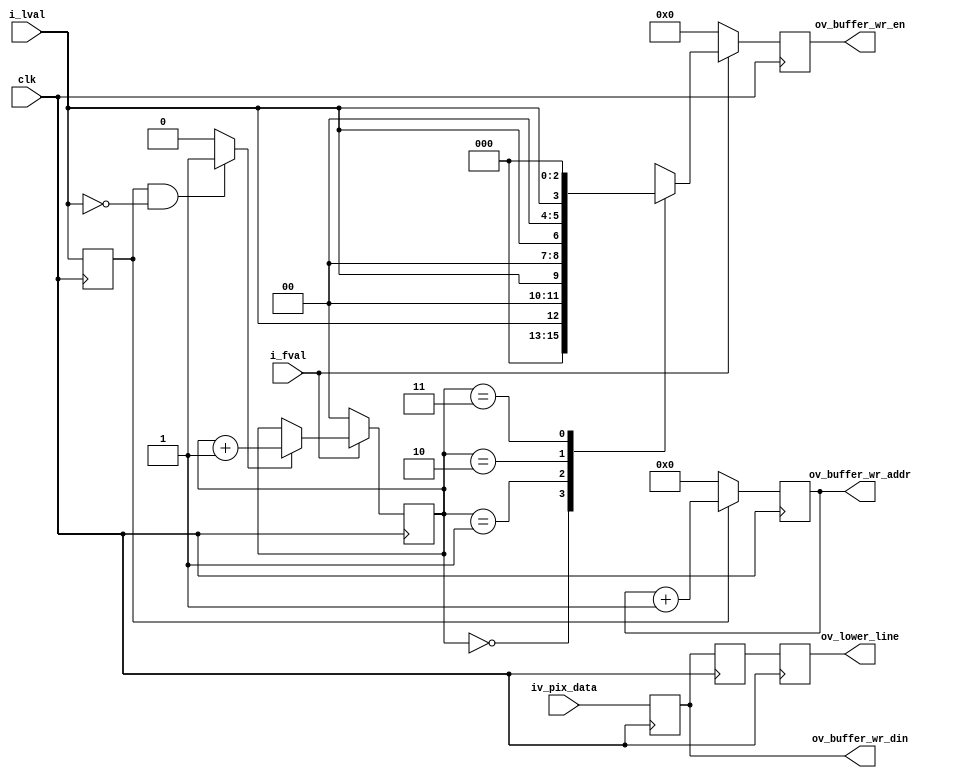
//-------------------------------------------------------------------------------------------------
//  --    : , 2010 -2015.
//  --      .
//  --          : FPGA
//  --        : pulser_filter_wr
//  --        : 
//-------------------------------------------------------------------------------------------------
//
//  --  :
//
//  --          :| 				:|  
//-------------------------------------------------------------------------------------------------
//  --        :| 2015/2/11 14:43:36	:|  
//-------------------------------------------------------------------------------------------------
//
//  --      : ram
//              1)  : 4ram
//
//              2)  : rd
//
//              3)  : ... ...
//
//-------------------------------------------------------------------------------------------------
///
`timescale 1ns/1ps
//-------------------------------------------------------------------------------------------------

module pulser_filter_wr # (
	parameter					SENSOR_DAT_WIDTH	= 10		//sensor 
	)
	(
	input								clk					,	//
	input								i_fval				,	//i_fvali_lval10
	input								i_lval				,	//
	input	[SENSOR_DAT_WIDTH-1:0]		iv_pix_data			,	//
	output	[3:0]						ov_buffer_wr_en		,	//ram
	output	[11:0]						ov_buffer_wr_addr	,	//ram
	output	[9:0]						ov_buffer_wr_din	,	//ram
	output	[SENSOR_DAT_WIDTH-1:0]		ov_lower_line			//rd2
	);

	//	ref signals
	reg									lval_dly			= 1'b0;
	wire								lval_fall			;
	reg		[1:0]						lval_cnt			= 2'b0;
	reg		[3:0]						buffer_wr_en		= 4'b0;
	reg		[11:0]						buffer_wr_addr		= 12'b0;
	reg		[SENSOR_DAT_WIDTH-1:0]		buffer_wr_din_dly0	= {SENSOR_DAT_WIDTH{1'b0}};
	reg		[SENSOR_DAT_WIDTH-1:0]		buffer_wr_din_dly1	= {SENSOR_DAT_WIDTH{1'b0}};
	reg		[SENSOR_DAT_WIDTH-1:0]		buffer_wr_din_dly2	= {SENSOR_DAT_WIDTH{1'b0}};


	//	ref ARCHITECTURE

	//	===============================================================================================
	//	ref ******
	//	===============================================================================================
	//  -------------------------------------------------------------------------------------
	//	lval
	//  -------------------------------------------------------------------------------------
	always @ (posedge clk) begin
		lval_dly	<= i_lval;
	end
	assign	lval_fall	= (lval_dly==1'b1 && i_lval==1'b0) ? 1'b1 : 1'b0;

	//	===============================================================================================
	//	ref ***ram***
	//	===============================================================================================
	//  -------------------------------------------------------------------------------------
	//	lval
	//	1.
	//	2.
	//  -------------------------------------------------------------------------------------
	always @ (posedge clk) begin
		if(!i_fval) begin
			lval_cnt	<= 2'b00;
		end
		else begin
			if(lval_fall) begin
				lval_cnt	<= lval_cnt + 1'b1;
			end
		end
	end

	//  -------------------------------------------------------------------------------------
	//	buffer
	//	1.
	//	2.4ramram0
	//  -------------------------------------------------------------------------------------
	always @ (posedge clk) begin
		if(!i_fval) begin
			buffer_wr_en	<= 4'b0000;
		end
		else begin
			case(lval_cnt)
				2'b00	: buffer_wr_en	<= {3'b000,i_lval};
				2'b01	: buffer_wr_en	<= {2'b00,i_lval,1'b0};
				2'b10	: buffer_wr_en	<= {1'b0,i_lval,2'b00};
				2'b11	: buffer_wr_en	<= {i_lval,3'b000};
				default	: buffer_wr_en	<= 4'b0000;
			endcase
		end
	end
	assign	ov_buffer_wr_en	= buffer_wr_en;

	//  -------------------------------------------------------------------------------------
	//	buffer
	//	1.
	//	2.  lval_dly1
	//  -------------------------------------------------------------------------------------
	always @ (posedge clk) begin
		if(!lval_dly) begin
			buffer_wr_addr	<= 12'h0;
		end
		else begin
			buffer_wr_addr	<= buffer_wr_addr + 1'b1;
		end
	end
	assign	ov_buffer_wr_addr	= buffer_wr_addr;

	//  -------------------------------------------------------------------------------------
	//	buffer
	//	1.i_lval
	//	2.
	//  -------------------------------------------------------------------------------------
	always @ (posedge clk) begin
		buffer_wr_din_dly0	<= iv_pix_data;
	end
	assign	ov_buffer_wr_din	= {{(10-SENSOR_DAT_WIDTH){1'b0}},buffer_wr_din_dly0};

	//	===============================================================================================
	//	ref ******
	//	===============================================================================================
	//  -------------------------------------------------------------------------------------
	//	bufferrd
	//  -------------------------------------------------------------------------------------
	always @ (posedge clk) begin
		buffer_wr_din_dly1	<= buffer_wr_din_dly0;
		buffer_wr_din_dly2	<= buffer_wr_din_dly1;
	end
	assign	ov_lower_line	= buffer_wr_din_dly2;



endmodule